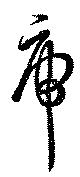
虎